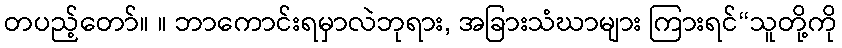
တပည့်တော်။ ။ ဘာကောင်းရမှာလဲဘုရား, အခြားသံဃာများ ကြားရင်“သူတို့ကို